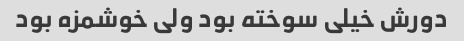
دورش خیلی سوخته بود ولی خوشمزه بود